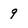
Character: 9